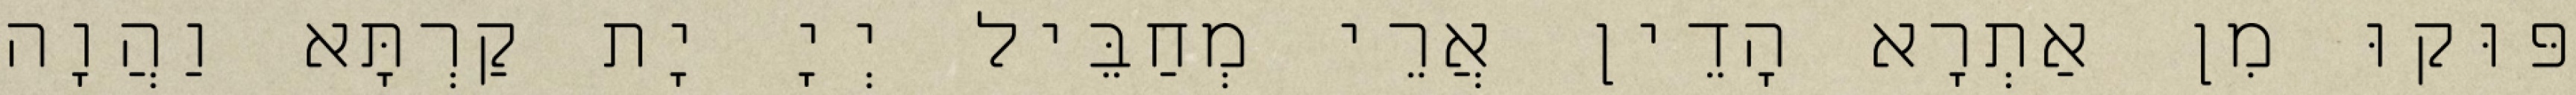
פּוּקוּ מִן אַתְרָא הָדֵין אֲרֵי מְחַבֵּיל יְיָ יָת קַרְתָּא וַהֲוָה